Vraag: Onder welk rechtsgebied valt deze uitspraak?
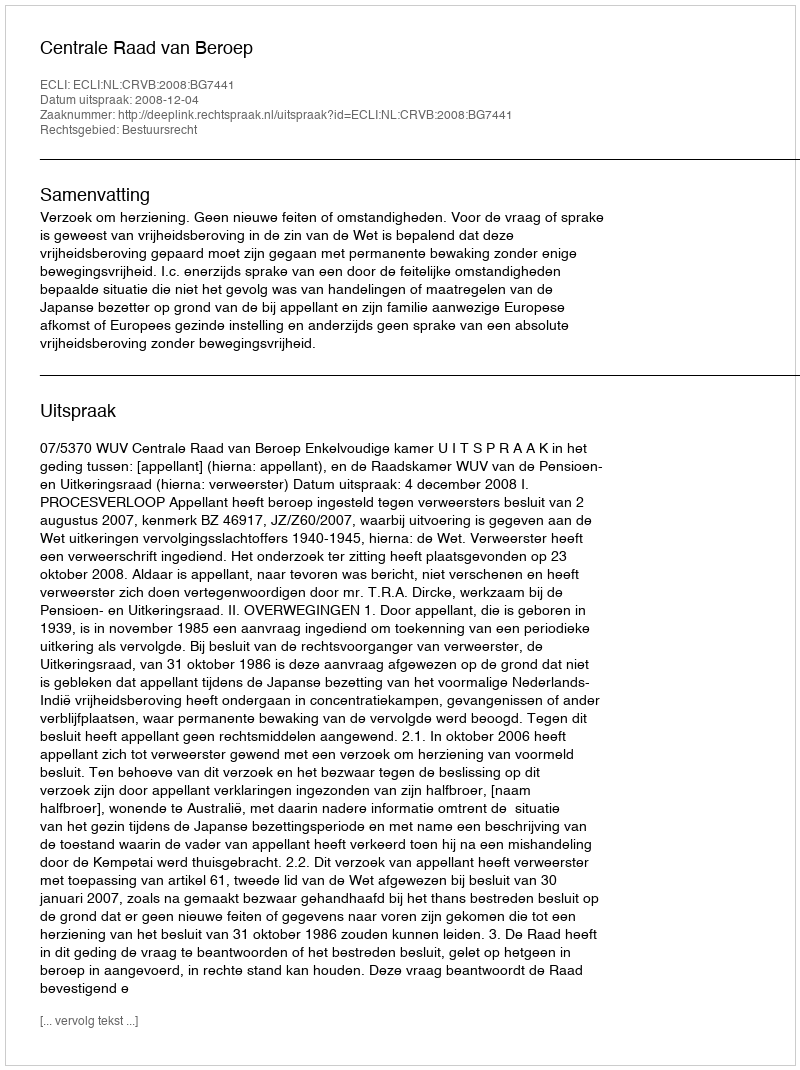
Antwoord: Bestuursrecht